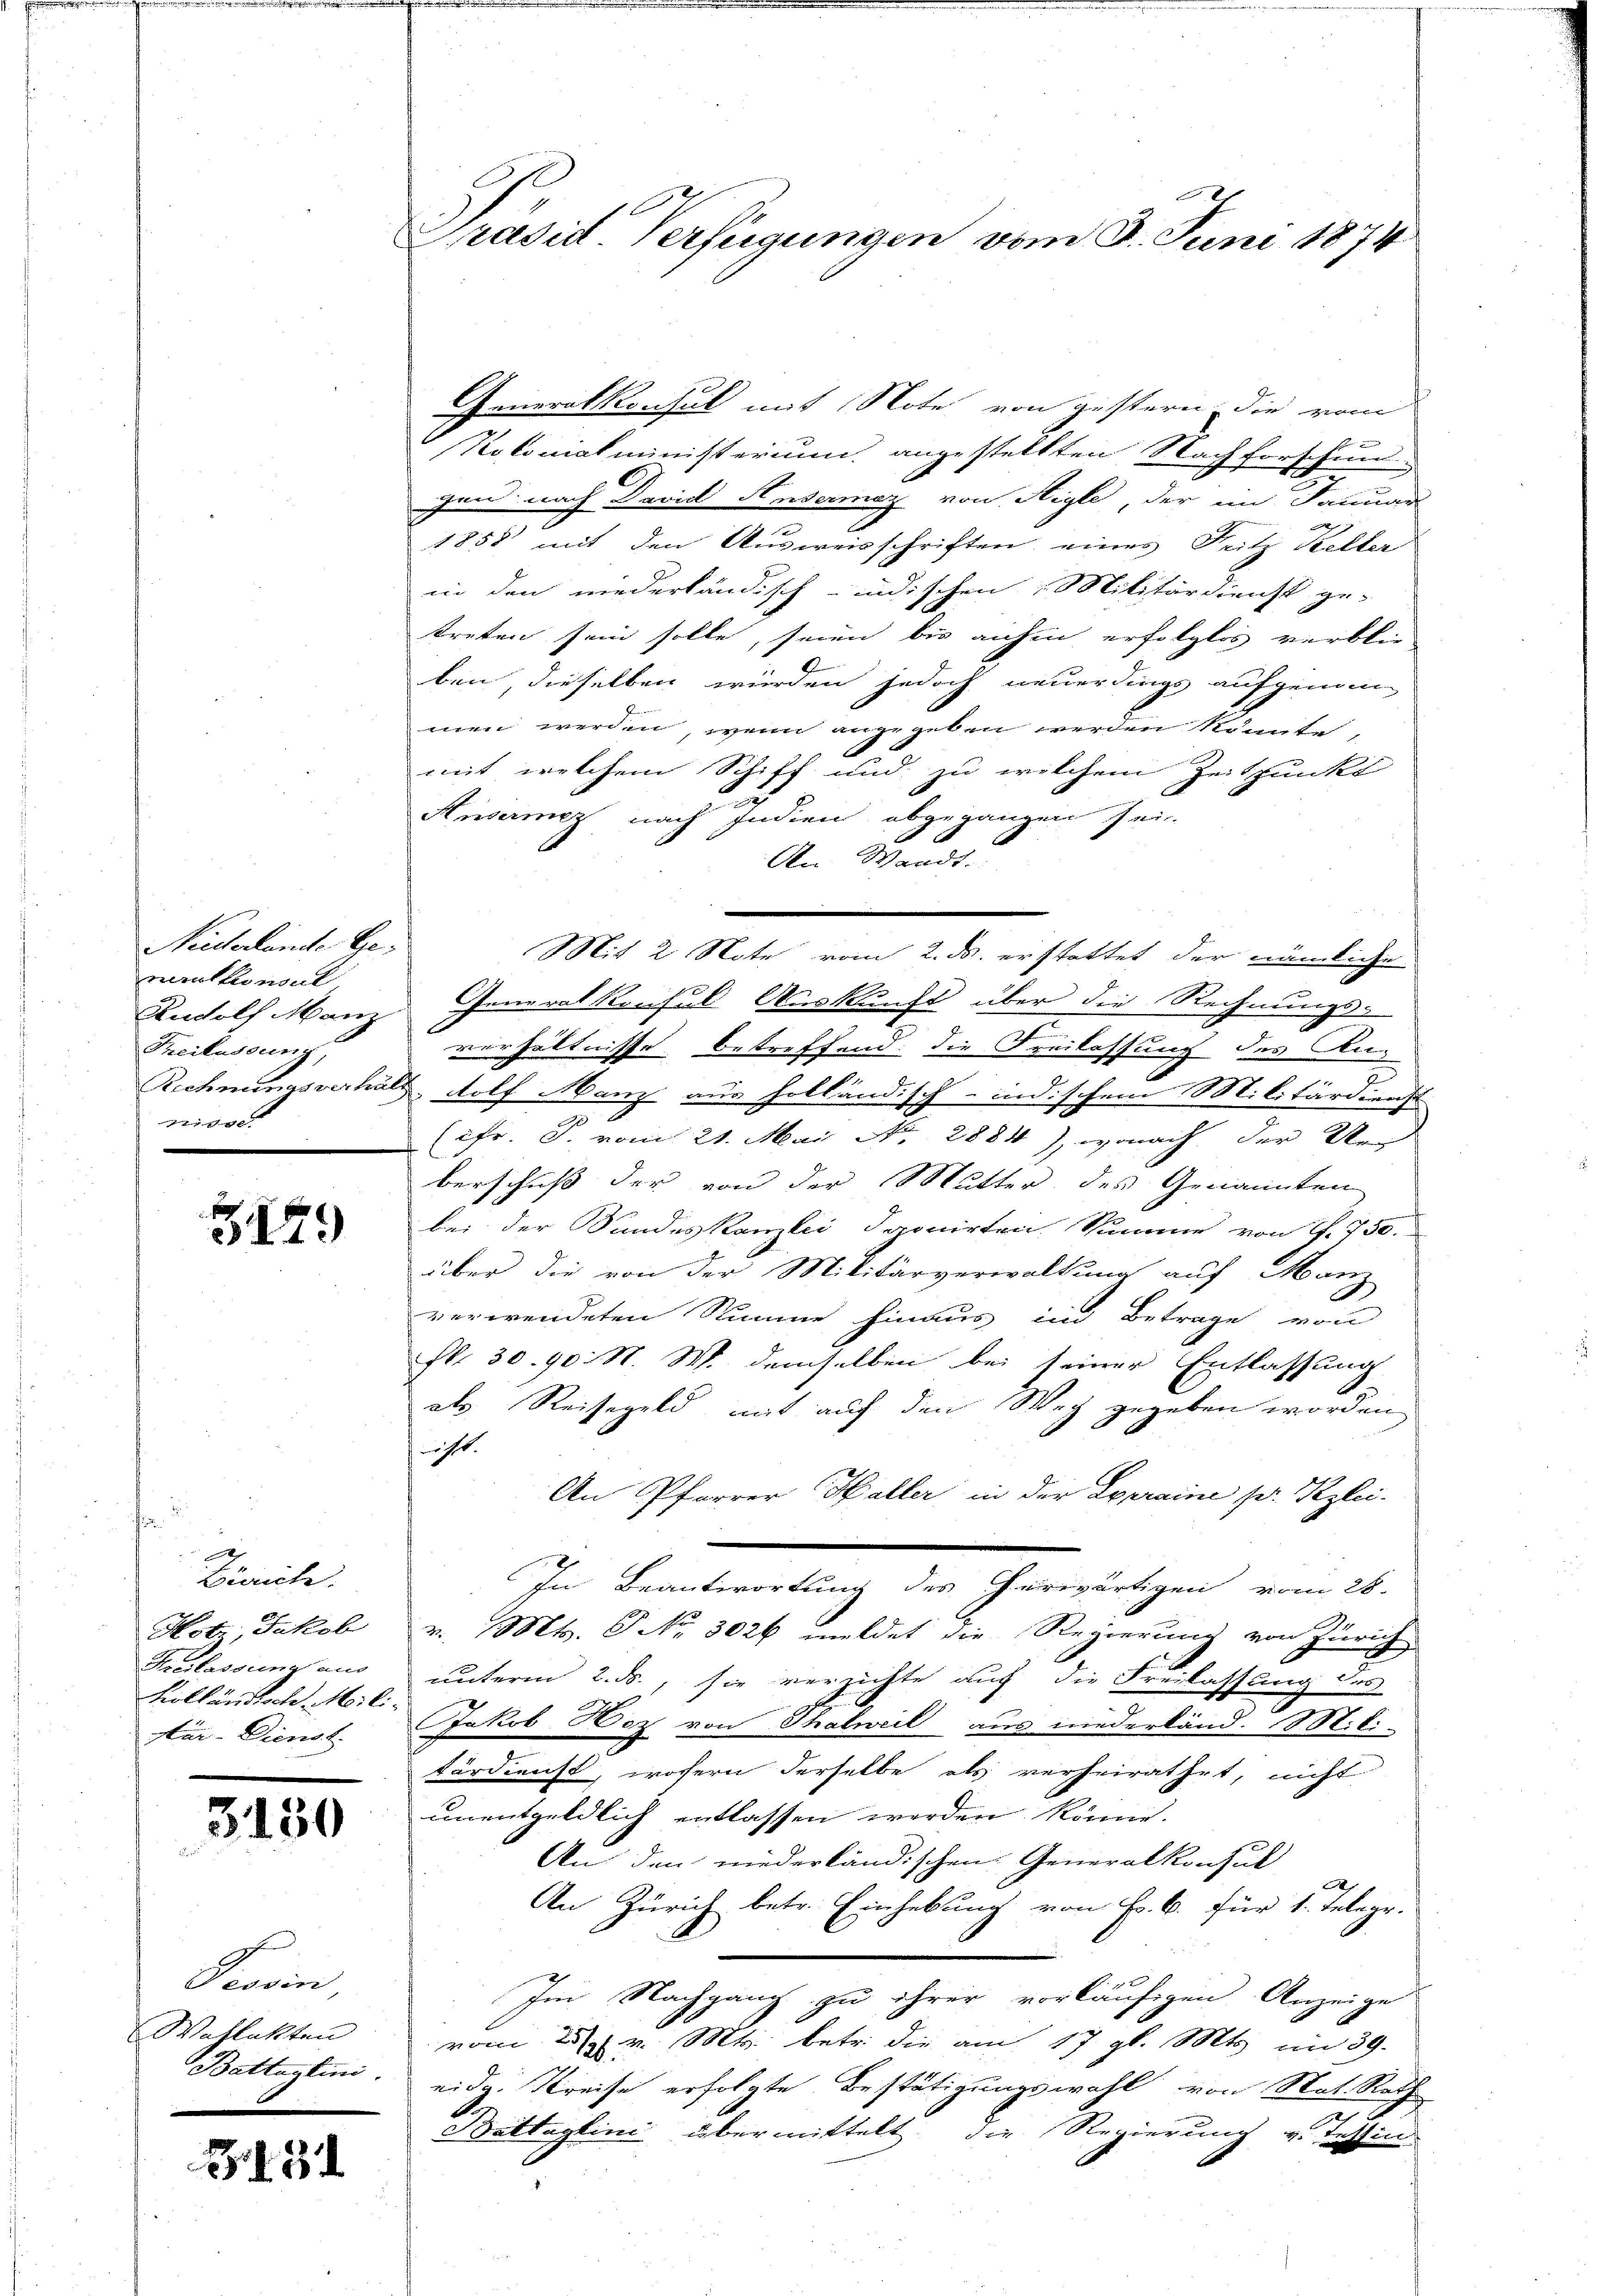
Neiderlande Gemauthonsul
Freilassung,
ie

3179

Zürich.
Far- Dienst.

3150

Tessin
Wahlakten
F

15

Generalkonsul mit Note von gestern, die vom
2
Notonialministerium angestellten Nachforschung
e
gen nach David Ansermaz von Aigle, der im Januar
1858 mit den Ausweisschriften eines Fritz Keller
in den niederländisch-indischen Militärdienst ge-
treten sein solle, seien bis anhin erfolglos verblie
ben, dieselben würden jedoch neuerdings aufgenom
men werden, wenn angegeben werden könnte,
mit welchem Schiff und zu welchem Zeitpunkt
e
Ansermez nach Indien abgegangen sei.
An Waadt.
Mit 2 Note vom 2. ds. erstattet der nämliche
Rudolf Manz Generalkonsul Auskunft über die Rechnungs-
verhältnisse betreffend die Freilassung des An¬
Rechnungsverhält, dolf Manz aus holländisch-indischem Militärdienst
u
(cfr. J. vom 21. Mai No. 2884), wonach der Reg
berschuß der von der Mutter des Genannten
bei der Sandeskanzlei deponirten Summe von P. 750.
über die von der Militärverwaltung auf Manz
verwendeten Stimme hinaus im Betrage von
S. 30. 90. N. W. demselben bei seiner Entlassung
als Reisegeld, mit auf den Weg gegeben worden
iht.
An Pfarrer Haller in der Lepraine pr. Pezlei.
In Beantwortung des herwärtigen vom 28.
Hotz, Jakob v. Mts. G No. 3026 meldet die Regierung von Zürich
Freilassung aus unterm 2. ds., sie verzichte auf die Freilassung des
|
Holländische Meil. Jakob Hoz von Thalweil aus niederland. Mili-
tärdienst, wofern derselbe als verheirathet, nicht
unentgeldlich entlassen werden könne.
An den niederländischen Generalkonsul
A
An Zürich betr. Einhebung von B. b. für 1. Telegr.
t b
Im Nachgang zu ihrer vorläufigen Anzeige
vom 25t v. Mts. betr. die am 17. gl. Mts. im 39.
Battantin, eidg. Kreise erfolgte Bestätigungswahl von Stat. Rath
d
Battaglini übermittelt die Regierung v. Tessin

.
Präsid Verfügungen vom 8. Juni 1874